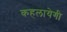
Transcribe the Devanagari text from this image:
कहलायेगी